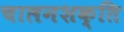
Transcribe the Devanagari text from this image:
चालनशक्ति